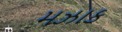
મઝાક